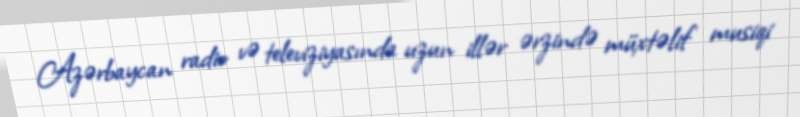
Azərbaycan radio və televiziyasında uzun illər ərzində müxtəlif musiqi